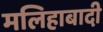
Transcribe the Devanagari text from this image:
मलिहाबादी